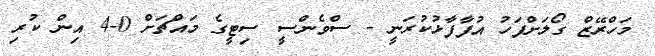
މަހްރޭޒް ގޯލަށްފަހު އުފާފާޅުކުރަނީ - ސްވެންސީ ސިޓީގެ މައްޗަށް 0-4 އިން ކުރި